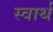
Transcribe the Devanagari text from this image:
स्‍वार्थ